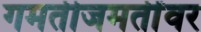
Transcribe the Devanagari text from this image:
गमतीजमतींवर